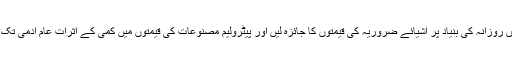
وزیراعظم کا کہنا تھا کہ صوبائی حکومتیں روزانہ کی بنیاد پر اشیائے ضروریہ کی قیمتوں کا جائزہ لیں اور پیٹرولیم مصنوعات کی قیمتوں میں کمی کے اثرات عام آدمی تک پہنچانے کے لیے ہر ممکن کوشش کریں۔